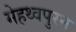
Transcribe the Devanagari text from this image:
मेहथ्वपुरन